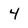
Character: 4